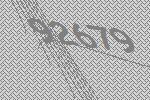
92679